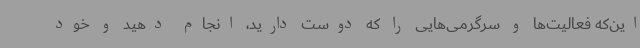
این‌که فعالیت‌ها و سرگرمی‌هایی را که دوست دارید، انجام دهید و خود